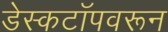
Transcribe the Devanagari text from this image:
डेस्कटॉपवरून